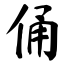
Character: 俑